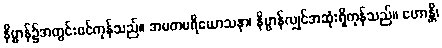
နိဗ္ဗာန်၌အတွင်းဝင်ကုန်သည်။ အမတပရိယောသနာ၊ နိဗ္ဗာန်လျှင်အဆုံးရှိကုန်သည်။ ဟောန္တိ၊